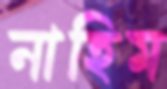
নাহিম